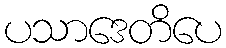
ပသာဒေတိပေ